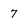
Character: 7